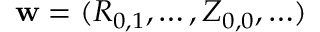
\mathbf { w } = ( R _ { 0 , 1 } , \ldots , Z _ { 0 , 0 } , \ldots )